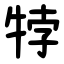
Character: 㹀